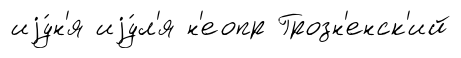
иjу́н'я иjу́л'я н'еопр Грозн'енск'ий